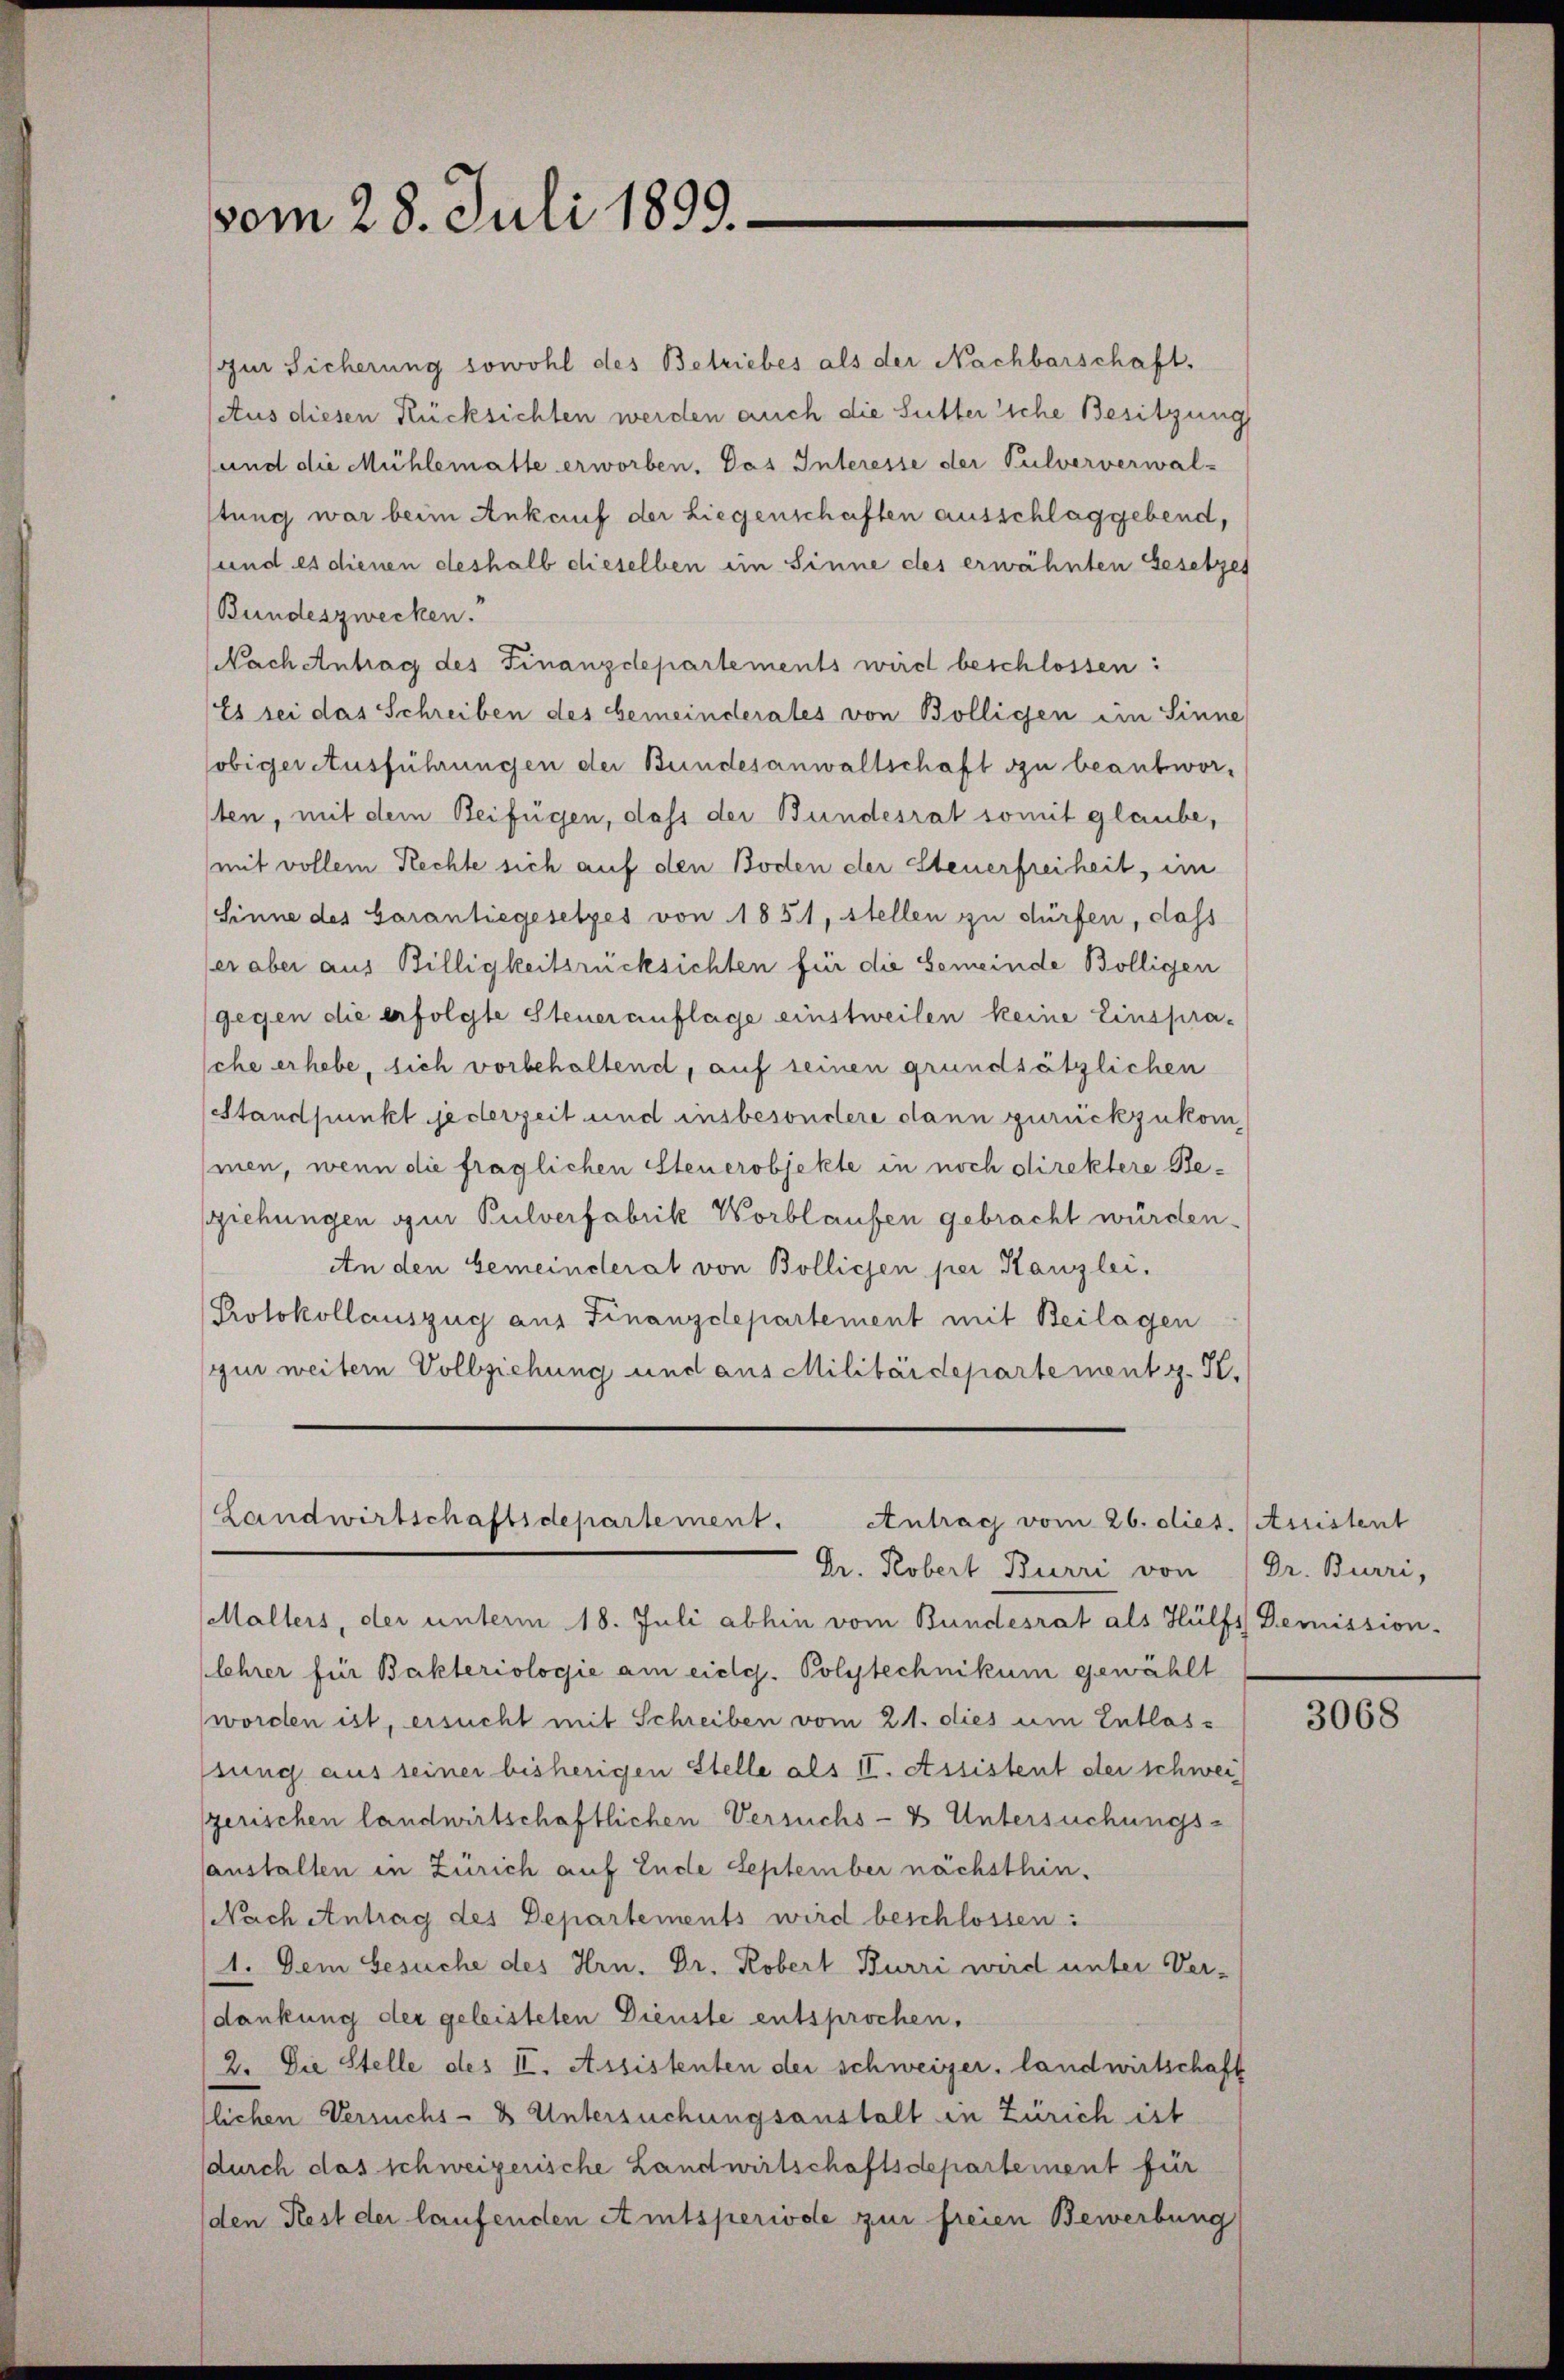
zur Sicherung sowohl des Betriebes als der Nachbarschaft,
atus diesen Rücksichten werden auch die Sutter siche Besitzung
sund die Mühlematte erworben. Das Interesse der Pulververwal-
stung war beim Ankauf der Liegenschaften ausschlaggebend,
sund es dienen deshalb dieselben ein Sinne des erwähnten Gesetzes
Bundeszwecken.
Nach Antrag des Finanzdepartements wird beschlossen:
Es sei das Schreiben des Gemeinderates von Bölligen im Sinne
obiger Ausführungen der Bundesanwaltschaft zu beantworsten, mit dem Beifügen, dass der Bundesrat somit glaube,
mit vollem Rechte sich auf den Boden der Steuerfreiheit, im
Sinne des Garantiegesetzes von 1851, stellen zu dürfen, dass
er aber aus Billigkeitsrücksichten für die Gemeinde Bölligen
gegen die erfolgte Steuerauflage einstweilen keine Einsprasche erhebe, sich vorbehaltend, auf seinen grundsätzlichen
sstandpunkt jederzeit und insbesondere dann zurückzukommen, wenn die fraglichen Steuerobjekte in noch direktere Beziehungen zur Pulverfabrik Worblaufen gebracht würden.
An den Gemeinderat von Bollichen per Stanzlei.
Protokollauszug aus Finanzdepartement mit Beilagen
(zur weitern Vollziehung und aus Militärdepartement z. Tl.

vom 28. Juli 1899.

Landwirtschaftsdepartement.
Antrag vom 26. dies. (Assistent
Dr. Robert Burri von

Malters, der unterm 18. Juli abhin vom Bundesrat als Hülfs Demission-
lehrer für Bakteriologie am eidg. Polytechnikum gewählt
worden ist, ersucht mit Schreiben vom 21. dies um Entlassung aus seiner bisherigen Stelle als II. Assistent der schwei
sgerischen landwirtschaftlichen Versuchs- & Untersuchungs-
aushalten in Zürich auf Ende September nächsthin.
Nach Antrag des Departements wird beschlossen:
1. Dem Gesuche des Hrn. Dr. Kobert Burri wird unter Ver-
dankung der geleisteten Dienste entsprochen.
2. Die Stelle des II. Assistenten der schweizer, landwirtschaft
lichen Versuchs- & Untersuchungsanstalt in Zürich ist
durch das schweizerische Landwirtschaftsdepartement für
den Rest der laufenden Amtsperiode zur freien Bewerbung

Dr. Burri,

3068